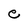
Character: e